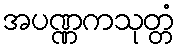
အပဏ္ဏကသုတ္တံ